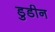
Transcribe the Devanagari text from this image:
डुडीन